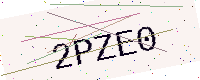
Text: 2PZE0